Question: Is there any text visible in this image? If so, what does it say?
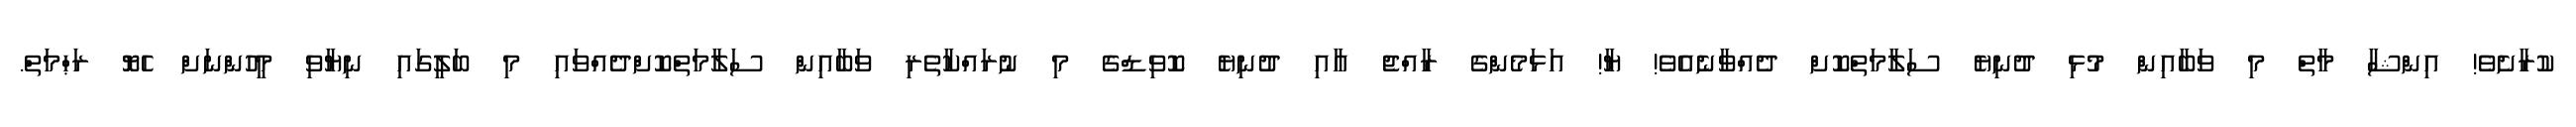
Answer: ކުރާށެވެ! އިންޝާ މާތް މި ވަބާއިން މުޅި ދުނިޔެ ސަލާމަތްކޮށް ދެއްވާނެއެވެ! ޔާ! އަޅަމެންގެ ރާއްޖެ އާއި ދުނިޔެ ކޮވިޑްގެ މި ނުރައްކާތެރި ވަބާއިން ސަލާމަތްކޮށްދެއްވައި މި ބަލީގައި ނިޔާވި މީހުންނަށް ހެޔޮ ރަޙްމަތް.